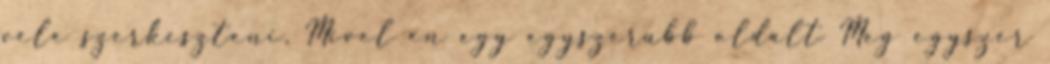
vele szerkeszteni. Mivel en egy egyszerubb oldalt Meg egyszer